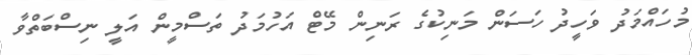
މުހައްމަދު ވަހީދު ހަސަން މަނިކުގެ ރަނިން މޭޓް އަހުމަދު ތަސްމީން އަލީ ނިސްބަތްވާ